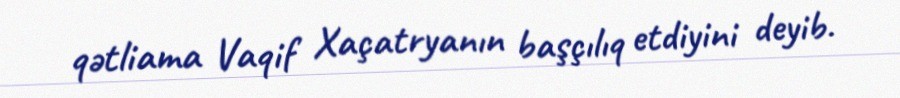
qətliama Vaqif Xaçatryanın başçılıq etdiyini deyib.